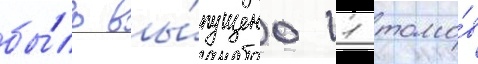
бы́ло вы́пущено 11 томо́в